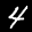
Label: 4